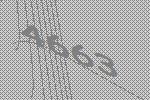
4663